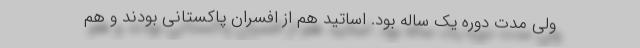
ولی مدت دوره یک ساله بود. اساتید هم از افسران پاکستانی بودند و هم